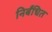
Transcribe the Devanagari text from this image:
निर्बंधित